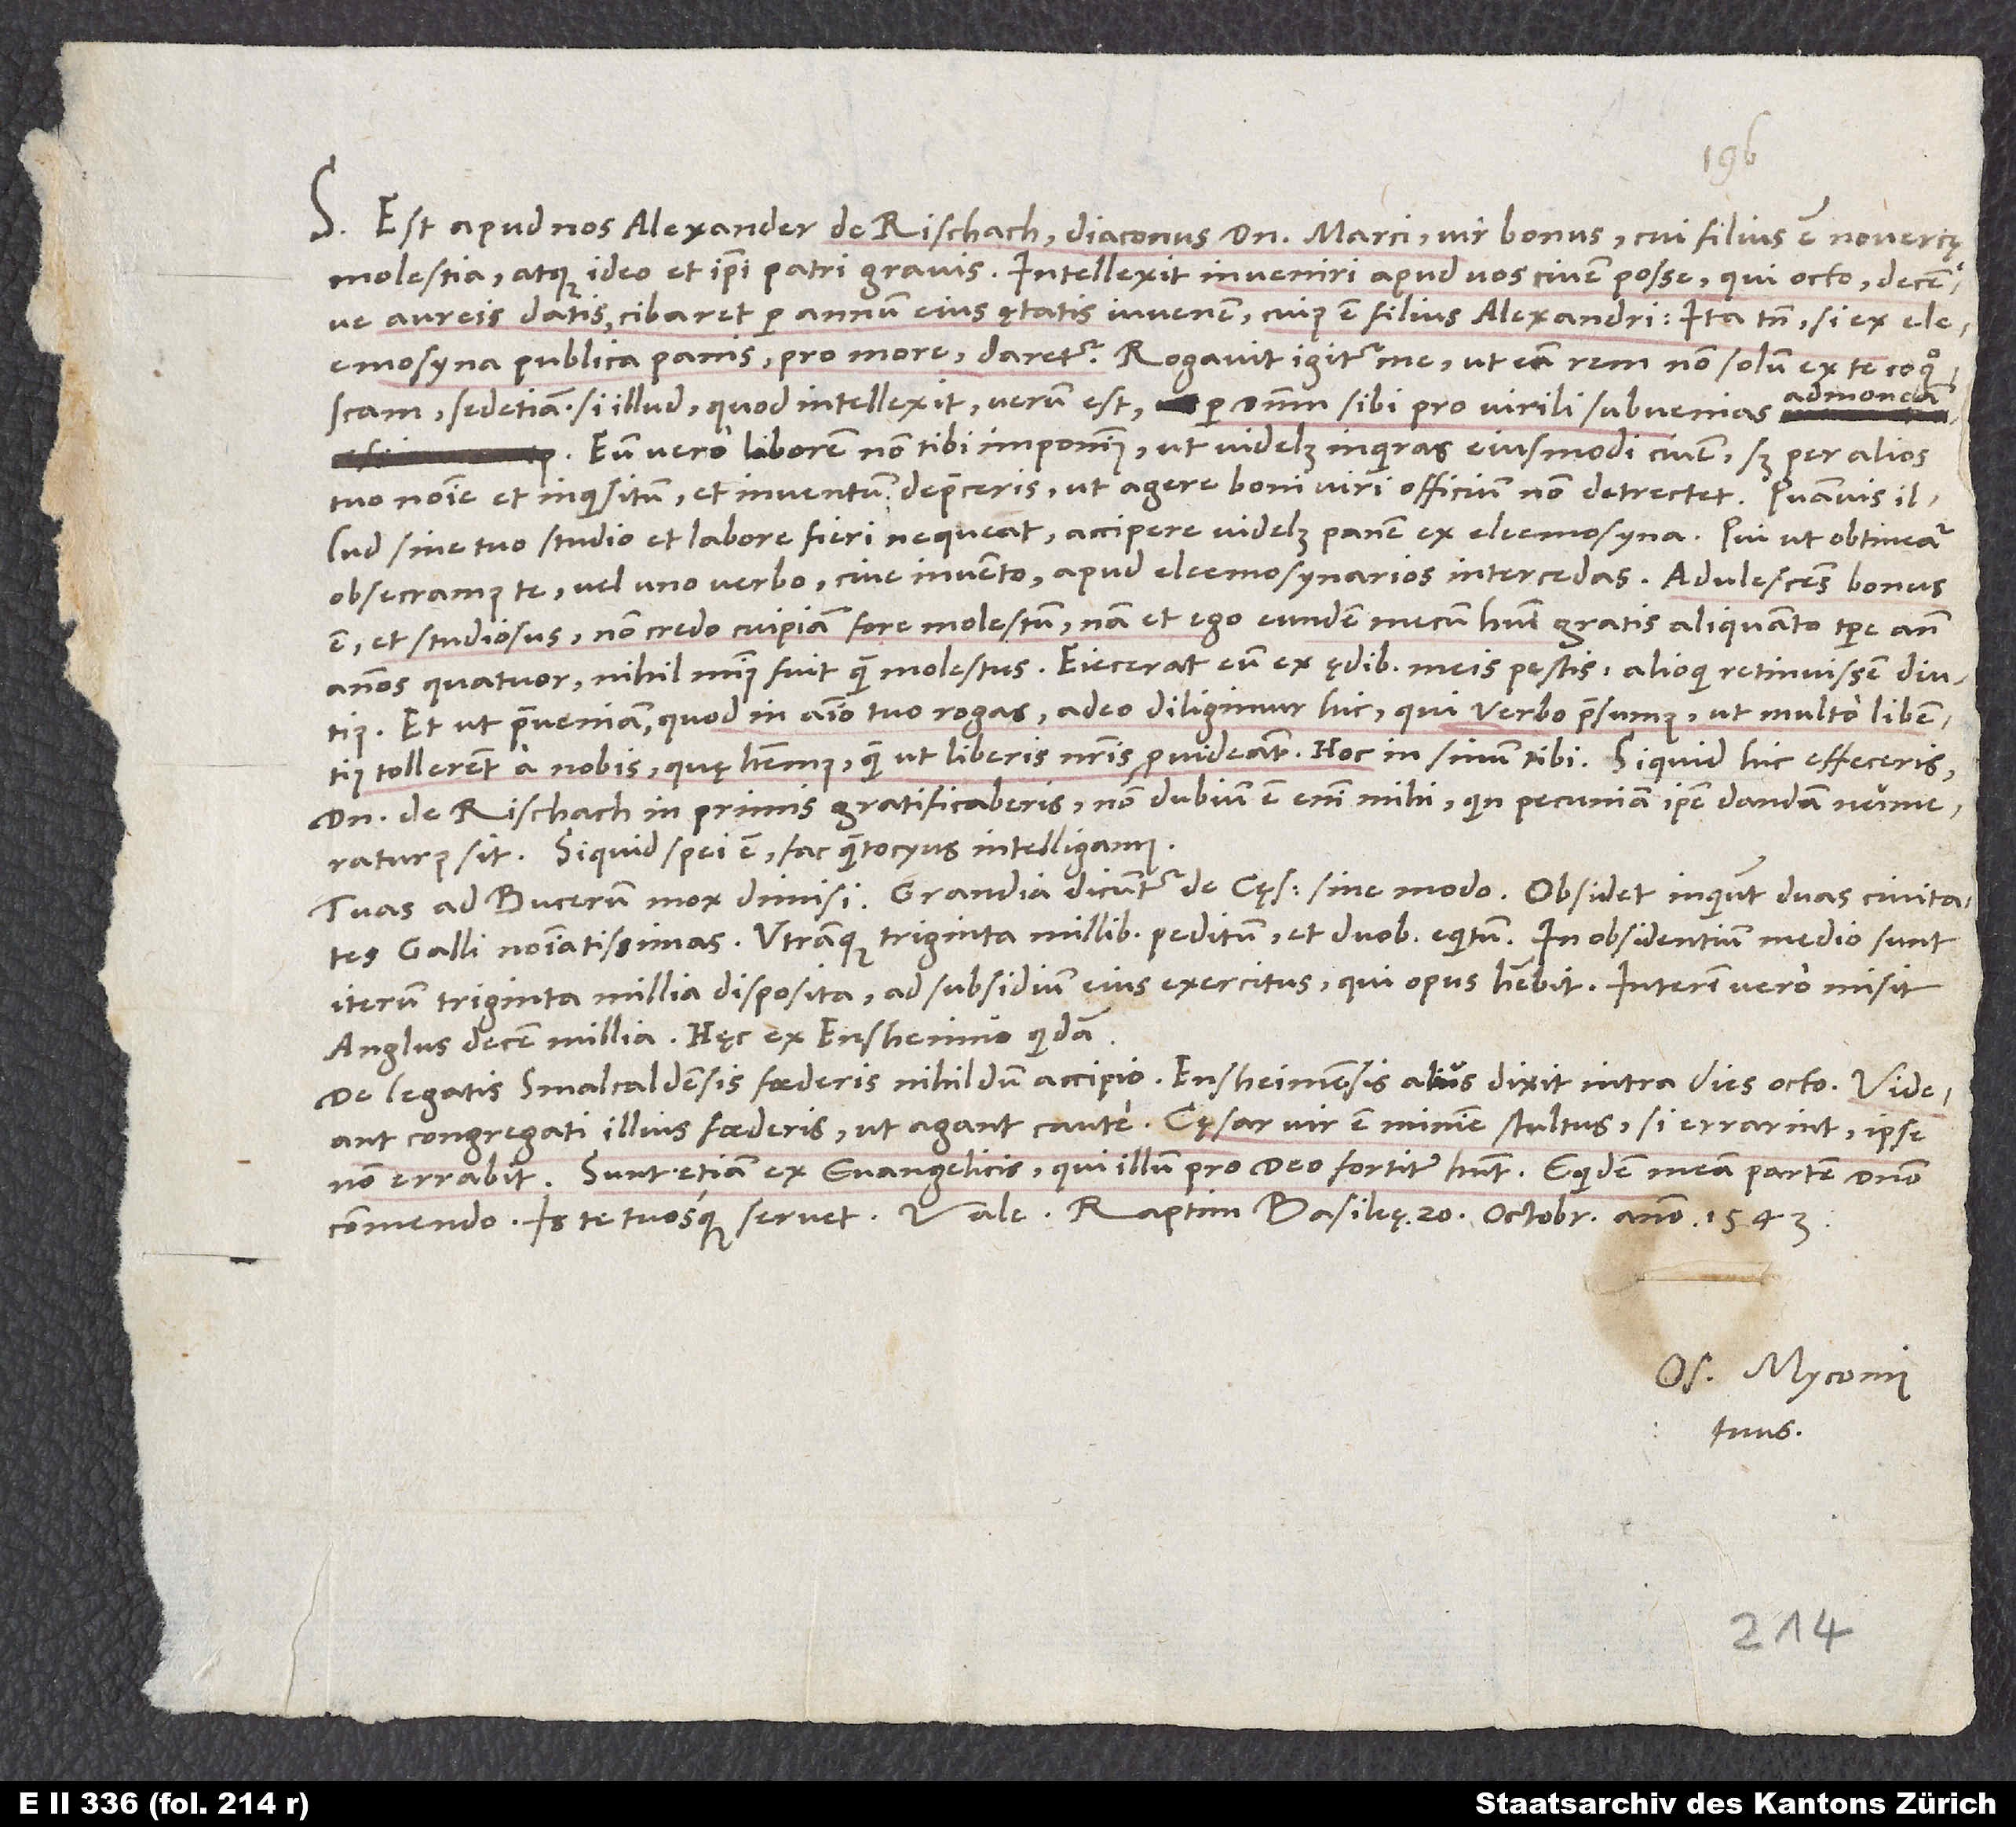
S. Est apud nos Alexander de Rischach, diaconus domini Marci, vir bonus, cui filius est novercę
molestia atque ideo et ipsi patri gravis. Intellexit inveniri apud vos civem posse, qui octo decemve
aureis datis cibaret per annum eius ętatis iuvenem, cuius est filius Alexandri, ita tamen, si ex
eleemosyna publica panis pro more daretur. Rogavit igitur me, ut eam rem non solum ex te cognoscam,
admoneam.
sedetiam, si illud, quod intellexit, verum est, per dominum sibi pro virili subvenias,
Eum vero laborem non tibi imponimus, ut videlicet inquiras eiusmodi civem, sed per alios
tuo nomine et inquisitum et inventum depreceris, ut agere boni viri officium non detrectet.
illud sine tuo studio et labore fieri nequeat, accipere videlicet panem ex eleemosyna. Qui ut obtineatur,
obsecramus te, vel uno verbo cive invento apud eleemosynarios intercedas. Adulescens bonus
Non credo cuipiam fore molestum, nam et ego eundem mecum habui gratis aliquanto tempore ante
Et ut praeveniam, quod in animo tuo rogas: Adeo diligimur hic, qui verbo praesumus, ut multo libentius
tollerent a nobis, quę habemus, quam ut liberis nostris provideant. Hoc in sinum tibi. Si quid hic effeceris,
domino de Rischach in primis gratificaberis; non dubium est enim mihi, quin pecuniam ipse dandam numeraturus
sit. Siquid spei est, fac, quantocyus intelligamus.
Tuas ad Bucerum mox dimisi. Grandia dicuntur de cęsare sine modo; obsidet, inquiunt, duas civitates
Galli nominatissimas, utramque triginta millibus peditum et duobus equitum. In obsidentium medio sunt
iterum triginta millia disposita ad subsidium eius exercitus, qui opus habebit; interim vero misit
De legatis Smalcaldensis foederis nihildum accipio. Ensheimensis alius dixit intra dies octo: „Videant
commendo; is te tuosque servet. Vale. Raptim, Basileę, 20. octobris anno 1543.
Os. Myconius
tuus.